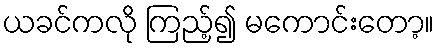
ယခင်ကလို ကြည့်၍ မကောင်းတော့။